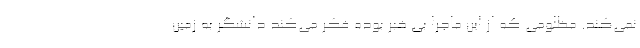
نمی‌کند. مظلومی که از این ماجرا بی خبر بوده فکر می‌کند دانشگر به زمین